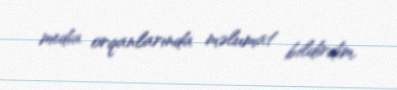
media orqanlarında məlumat bildirdim.